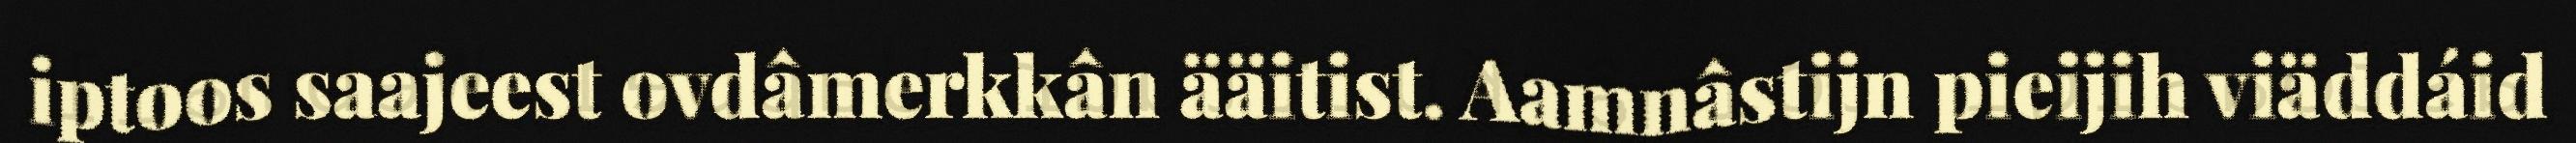
iptoos saajeest ovdâmerkkân ääitist. Aamnâstijn pieijih viäddáid